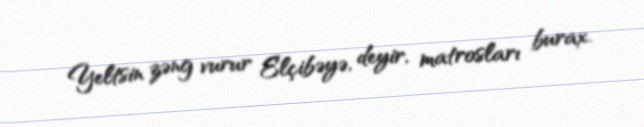
Yeltsin zəng vurur Elçibəyə, deyir, matrosları burax.